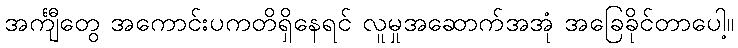
အင်္ကျီတွေ အကောင်းပကတိရှိနေရင် လူမှုအဆောက်အအုံ အခြေခိုင်တာပေါ့။